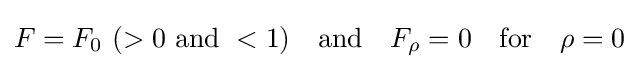
F=F_{0}\,\,(>0\,\,{\text{and}}\,\,<1)\quad {\text{and}}\quad F_{\rho }=0\quad {\text{for}}\quad \rho =0